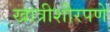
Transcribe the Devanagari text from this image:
खात्रीशीरपणे